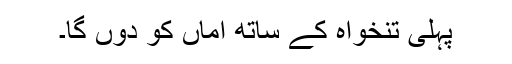
پہلی تنخواہ کے ساتھ اماں کو دوں گا۔